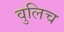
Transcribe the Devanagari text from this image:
वुलिच